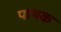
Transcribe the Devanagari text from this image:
पाथक